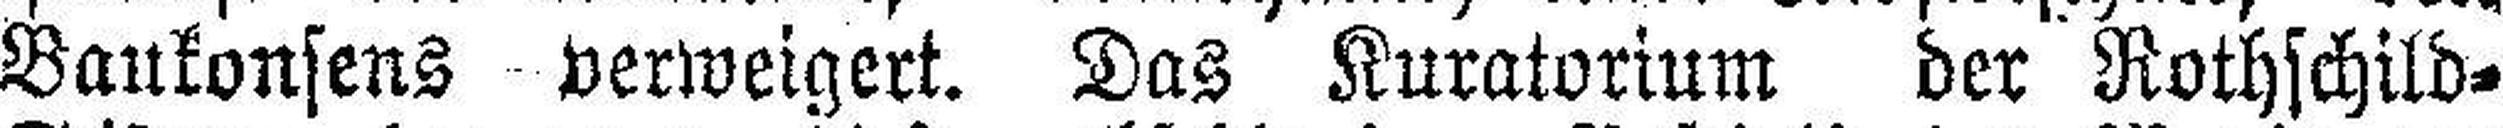
Baukonsens verweigert. Das Kuratorium der Rothschild=